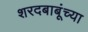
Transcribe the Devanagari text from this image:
शरदबाबूंच्या